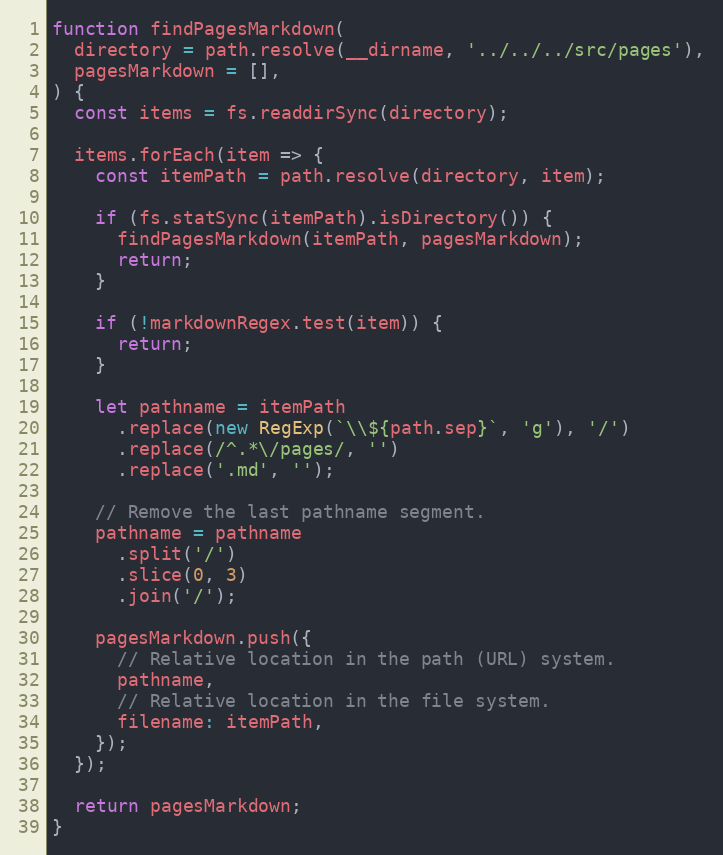
Language: JavaScript
function findPagesMarkdown(
  directory = path.resolve(__dirname, '../../../src/pages'),
  pagesMarkdown = [],
) {
  const items = fs.readdirSync(directory);

  items.forEach(item => {
    const itemPath = path.resolve(directory, item);

    if (fs.statSync(itemPath).isDirectory()) {
      findPagesMarkdown(itemPath, pagesMarkdown);
      return;
    }

    if (!markdownRegex.test(item)) {
      return;
    }

    let pathname = itemPath
      .replace(new RegExp(`\\${path.sep}`, 'g'), '/')
      .replace(/^.*\/pages/, '')
      .replace('.md', '');

    // Remove the last pathname segment.
    pathname = pathname
      .split('/')
      .slice(0, 3)
      .join('/');

    pagesMarkdown.push({
      // Relative location in the path (URL) system.
      pathname,
      // Relative location in the file system.
      filename: itemPath,
    });
  });

  return pagesMarkdown;
}